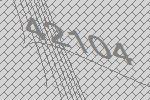
42104